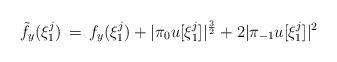
LaTeX: \begin{align*}\tilde{f}_y(\xi_1^j) \,=\, f_y(\xi_1^j) + |\pi_0 u[\xi_1^j]|^\frac{3}{2} + 2|\pi_{-1}u[\xi_1^j]|^2\end{align*}